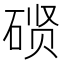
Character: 𰧇